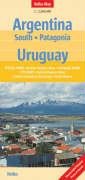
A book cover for Argentina South and Uruguay Nelles Map; Nelles Maps; Travel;